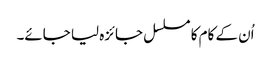
اُن کے کام کا مسلسل جائزہ لیا جائے۔